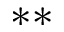
\ast \ast